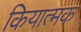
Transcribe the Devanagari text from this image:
कियात्मक